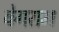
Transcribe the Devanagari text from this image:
वेगराम